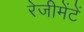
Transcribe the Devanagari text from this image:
रेजीमेंटें